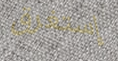
إستغرق